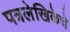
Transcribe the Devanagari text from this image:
पत्रलेखिकेचे